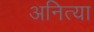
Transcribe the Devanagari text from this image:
अनित्या